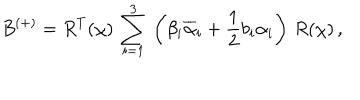
LaTeX: B ^ { ( + ) } = R ^ { T } ( \chi ) \, \sum _ { i = 1 } ^ { 3 } \, \left( \beta _ { i } \overline { { { \alpha } } } _ { i } + \frac { 1 } { 2 } b _ { i } \alpha _ { i } \right) \, R ( \chi ) \, ,